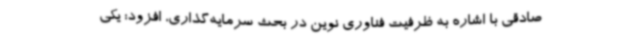
صادقی با اشاره به ظرفیت فناوری نوین در بحث سرمایه‌گذاری، افزود: یکی